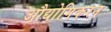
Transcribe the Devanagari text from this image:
औद्योगिकरन